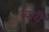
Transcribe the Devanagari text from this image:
ब्वारी